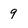
Character: 9